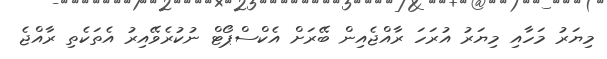
މިޔަރު މަހާއި މިޔަރު އުރަހަ ރާއްޖެއިން ބޭރަށް އެކްސްޕޯޓް ނުކުރެވޭއިރު އެތަކެތި ރާއްޖެ